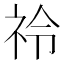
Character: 𮁣